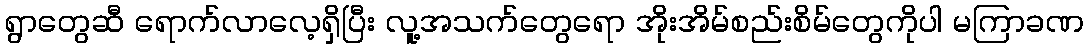
ရွာတွေဆီ ရောက်လာလေ့ရှိပြီး လူ့အသက်တွေရော အိုးအိမ်စည်းစိမ်တွေကိုပါ မကြာခဏ